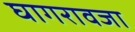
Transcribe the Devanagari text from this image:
घागरावजा